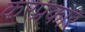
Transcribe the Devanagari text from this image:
करप्रकार